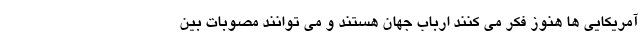
آمریکایی ها هنوز فکر می کنند ارباب جهان هستند و می توانند مصوبات بین